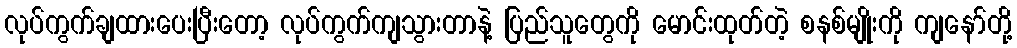
လုပ်ကွက်ချထားပေးပြီးတော့ လုပ်ကွက်ကျသွားတာနဲ့ ပြည်သူတွေကို မောင်းထုတ်တဲ့ စနစ်မျိုးကို ကျနော်တို့